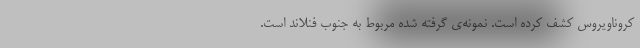
کروناویروس کشف کرده است. نمونه‌ی گرفته شده مربوط به جنوب فنلاند است.